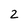
Character: 2